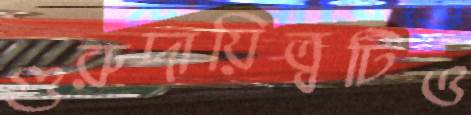
গুরুদায়িত্বটিও